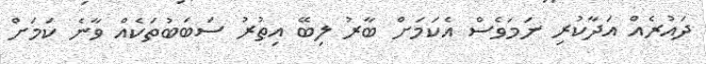
ދައުރެއް އަދާކުރި ނަމަވެސް އެކަމަށް ބާރު ލިބޭ އިތުރު ސަބަބުތަކެއް ވާނެ ކަމަށް